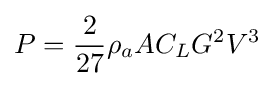
P={2 \over 27}\rho _{a}AC_{L}G^{2}V^{3}